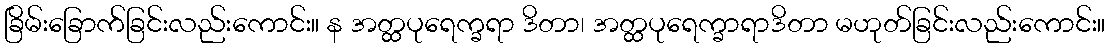
ခြိမ်းခြောက်ခြင်းလည်းကောင်း။ န အတ္ထပုရေက္ခရာ ဒိတာ၊ အတ္ထပုရေက္ခာရာဒိတာ မဟုတ်ခြင်းလည်းကောင်း။